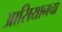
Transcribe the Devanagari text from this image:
आसियानचा